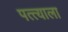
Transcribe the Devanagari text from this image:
पत्त्याला